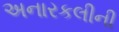
અનારકલીની